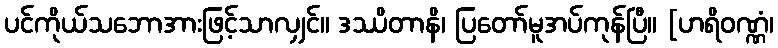
ပင်ကိုယ်သဘောအားဖြင့်သာလျှင်။ ဒဿိတာနိ၊ ပြတော်မူအပ်ကုန်ပြီ။ [ဟရိဝဏ္ဏံ၊